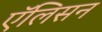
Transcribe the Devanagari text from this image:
एॅलिसन